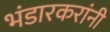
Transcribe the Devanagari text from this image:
भंडारकरांनी